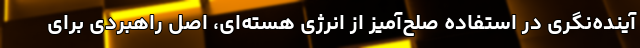
آینده‌نگری در استفاده صلح‌آمیز از انرژی هسته‌ای، اصل راهبردی برای